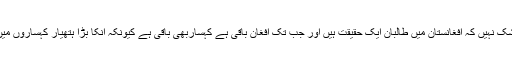
اس میں کوئی شک نہیں کہ افغانستان میں طالبان ایک حقیقت ہیں اور جب تک افغان باقی ہے کہساربھی باقی ہے کیونکہ انکا بڑا ہتھیار کہساروں میں بنے غار ہیں۔